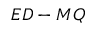
E D - M Q